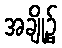
အချို့၌